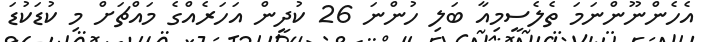
އެހެންނޫންނަމަ ތެލެސީމިއާ ބަލި ހުންނަ 26 ކުދީން އަހަރެއްގެ މައްޗަށް މި ކުޑަކުޑަ